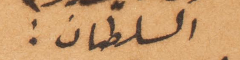
السلطان: